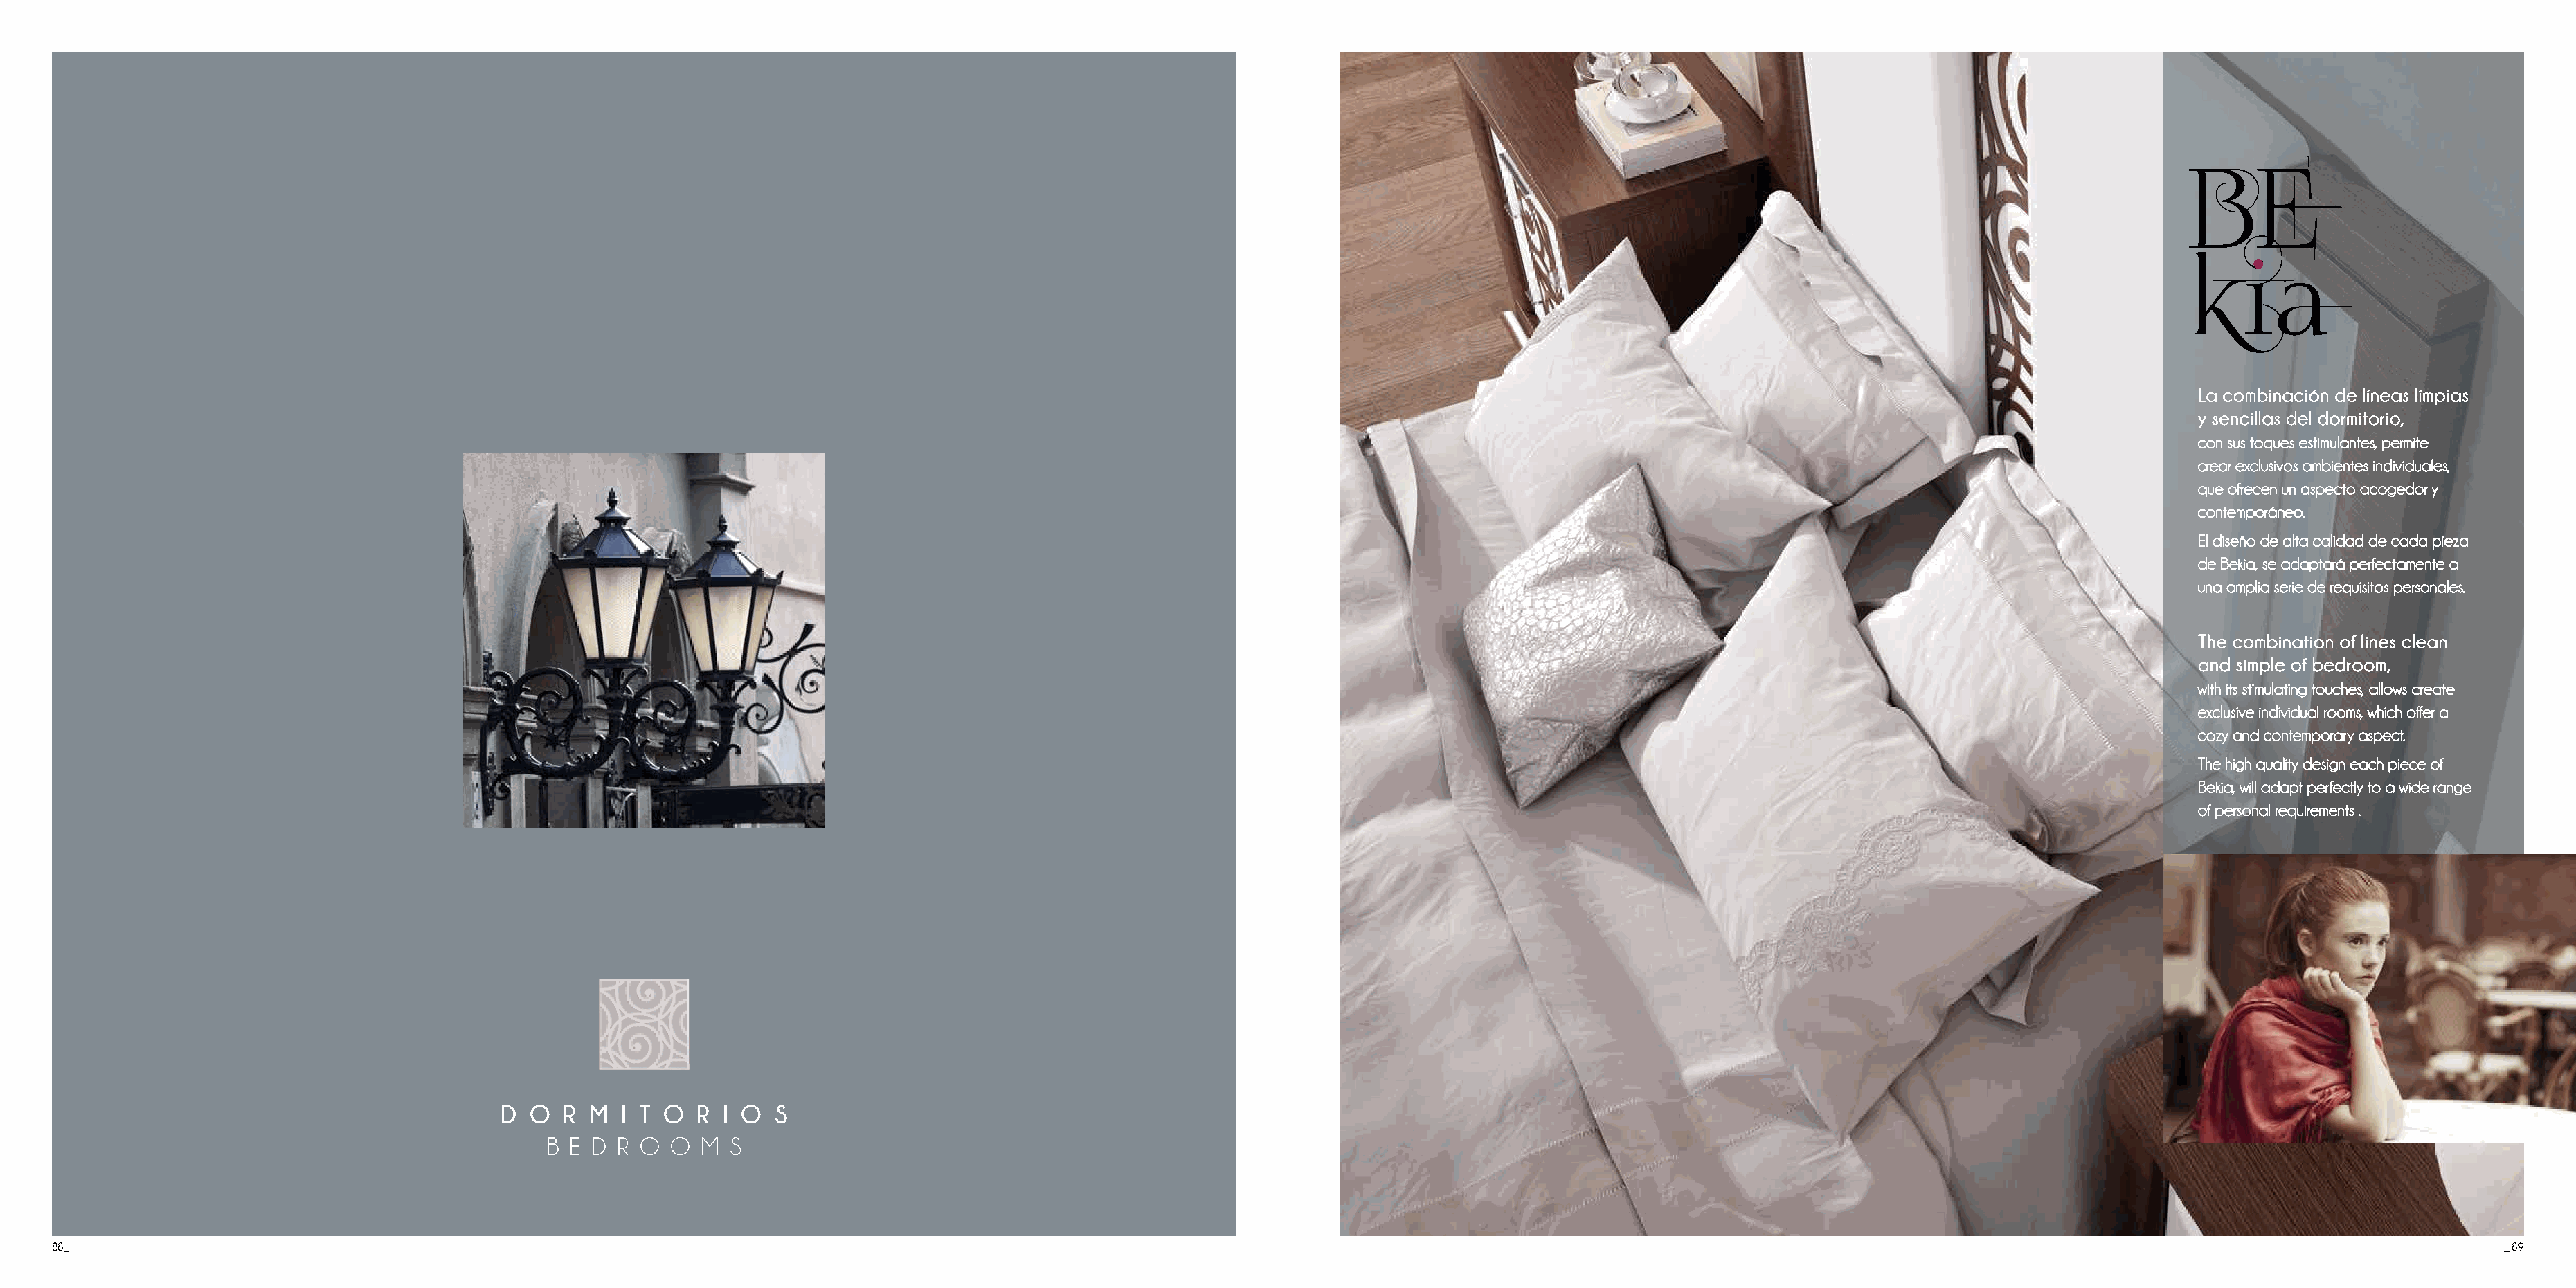
D  O  R M  I T O   R I O  S
 B  E D R O  O  M  S
 88_                                                                                                                                                                                                                                       _ 89